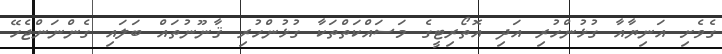
ގެވެށި އަނިޔާއާ ގުޅުންހުރި އަދި އޮތޯރިޓީގެ މަސައްކަތްތަކާ ގުޅުންހުރި ޤާނޫނުތައް ބަލައި ގެންނަންޖެހޭ